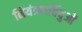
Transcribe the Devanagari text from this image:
नियंत्रणबिंदुओं